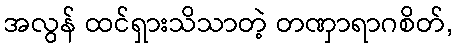
အလွန် ထင်ရှားသိသာတဲ့ တဏှာရာဂစိတ်,